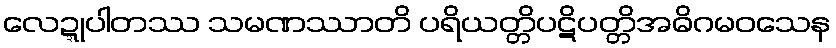
လေဍ္ဍုပါတဿ သမဏဿာတိ ပရိယတ္တိပဋိပတ္တိအဓိဂမဝသေန